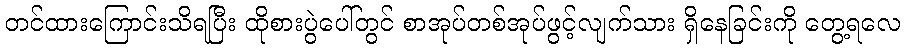
တင်ထားကြောင်းသိရပြီး ထိုစားပွဲပေါ်တွင် စာအုပ်တစ်အုပ်ဖွင့်လျက်သား ရှိနေခြင်းကို တွေ့ရလေ